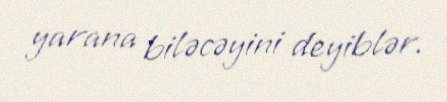
yarana biləcəyini deyiblər.